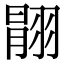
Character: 𦑉